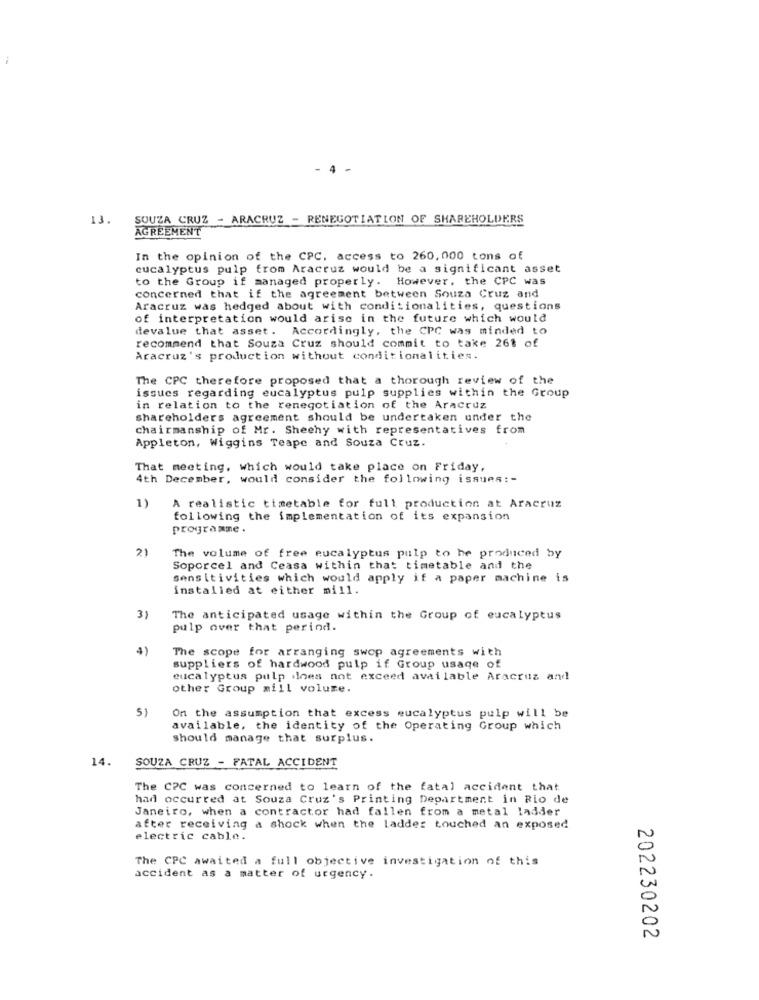
4
13.
SOUZA CRUZ - ARACRUZ - RENEGOTIATION OF SHAREHOLDERS
AGREEMENT
In the opinion of the CPC. access to 260,000 tons of
eucalyptus pulp from Aracruz would be a significant asset
to the Group if managed properly. However, the CPC was
concerned that if the agreement between Souza Cruz and
Aracruz was hedged about with conditionalities, questions
of interpretation would arise in the future which would
devalue that asset. Accordingly, the CPC was minded to
recommend that Souza Cruz should commit to take 261 of
Aracruz's production without conditionalities.
The CPC therefore proposed that a thorough review of the
issues regarding eucalyptus pulp supplies within the Group
in relation to the renegotiation of the Aracruz
shareholders agreement should be undertaken under the
chairmanship of Mr. Sheehy with representatives from
Appleton, Wiggins Teape and Souza Cruz.
That meeting, which would take place on Friday,
4th December, would consider the following issues :-
1)
A realistic timetable for full production at Aracruz
following the implementation of its expansion
programme .
21
The volume of free eucalyptus pulp to be produced by
Soporcel and Ceasa within that timetable and the
sensitivities which would apply if a paper machine is
installed at either mill.
3)
The anticipated usage within the Group of eucalyptus
pulp over that period.
4)
The scope for arranging swop agreements with
suppliers of hardwood pulp if Group usage of
eucalyptus pulp does not exceed available Aracruz and
other Group mill volume.
5)
On the assumption that excess eucalyptus pulp will be
available, the identity of the Operating Group which
should manage that surplus.
14.
SOUZA CRUZ - FATAL ACCIDENT
The CPC was concerned to learn of the fatal accident that
had occurred at Souza Cruz's Printing Department in Rio de
Janeiro, when a contractor had fallen from a metal ladder
after receiving a shock when the ladder touched an exposed
electric cable.
The CPC awaited a full objective investigation of this
accident as a matter of urgency.
202230202